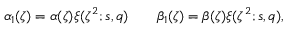
\alpha _ { 1 } ( \zeta ) = \alpha ( \zeta ) \xi ( \zeta ^ { 2 } ; s , q ) \qquad \beta _ { 1 } ( \zeta ) = \beta ( \zeta ) \xi ( \zeta ^ { 2 } ; s , q ) ,